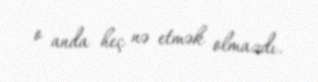
o anda heç nə etmək olmazdı.